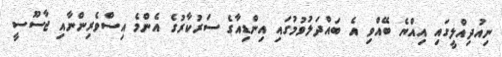
ނިއުދިއްލީގައި އިއްޔެ ބޭއްވި އެ ބައްދަލުވުމުގައި އިންޑިއާގެ ސަރުކާރުގެ އެންމެ އިސްވެރިންނާއި ޖާސޫސީ